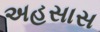
અહસાસ